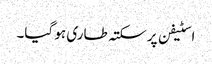
اسٹیفن پر سکتہ طاری ہو گیا۔